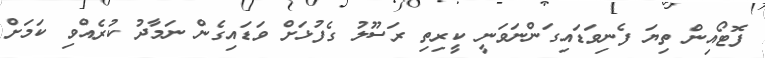
ފޮޓޯއިން ތިޔަ ފެނިވަޑައިގަންނަވަނީ ކީރިތި ރަސޫލު ގެފުޅަށް ވަޑައިގެން ނަމާދު ކުރެއްވި ކަމަށް